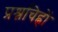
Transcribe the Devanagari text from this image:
प्रश्नचिह्नों